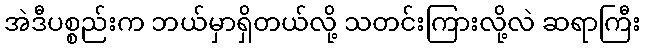
အဲဒီပစ္စည်းက ဘယ်မှာရှိတယ်လို့ သတင်းကြားလို့လဲ ဆရာကြီး